system: You are a helpful assistant.
user:
Analyze the provided spectrum to determine if it is a **M-type Giant (gM)**.

A M-type Giant spectrum is defined by its **strong molecular absorption** features, particularly from **Titanium Oxide (TiO)**. You must check for one of the following mutually exclusive signatures:

- **Key Visual Indicators (Absorption-Dominated Spectrum):**

    - **(Primary):** The spectrum is dominated by strong molecular absorption from **Titanium Oxide (TiO)**. This is the **defining feature** of its M-type temperature class.
        - **(Key Bandheads):** Look for sharp, "saw-tooth" absorption valleys. The strongest are located near **~7050 Å**, **~6160 Å**, and **~5170 Å**.
        - **(Line Profile):** The "saw-tooth" morphology is critical: a **sharp, steep drop on the BLUE (short-wavelength) side** of the bandhead, followed by a gradual recovery (rising flux) towards the RED (long-wavelength) side.

    - **(Key Confirmation - Giant vs. Dwarf):** **ABSENCE** of strong **Calcium Hydride (CaH)** molecular bands. This is the primary diagnostic for *excluding* M-dwarfs.
        - **(Key Region):** The spectrum should lack the strong, broad absorption band seen in dwarfs between **~6800 Å and ~7000 Å**.

    - **(Secondary Confirmation - Giant):** A very strong and broad **Neutral Calcium (Ca I)** atomic absorption line.
        - **(Key Line):** Located at **~4226 Å**. In a giant (gM), this line is significantly deeper and broader than the same line in an M-dwarf (dM) due to low surface gravity.

    - **(Overall Spectrum):**
        - The continuum is **extremely red-sloping** (i.e., flux is very low in the blue and rises dramatically towards the red).
        - The entire spectrum appears "chopped up" by the deep TiO bands.

Think first, call **spectral_visualization_tool** if needed to examine features in detail, then provide your final answer. Your response must adhere to the following strict rules:
1.  **Overall Structure:** Your response must follow the format `<think>...</think> <tool_call>...</tool_call> (if a tool is used) <answer>...</answer>`.
2.  **Tool Usage Constraint:** You may only make **one** tool call per turn.
3.  **Final Answer Format:** In the `<answer>` tag, your conclusion must be inside a `\boxed{}` command (e.g., `\boxed{YES}` or `\boxed{NO}`), followed by your justification.

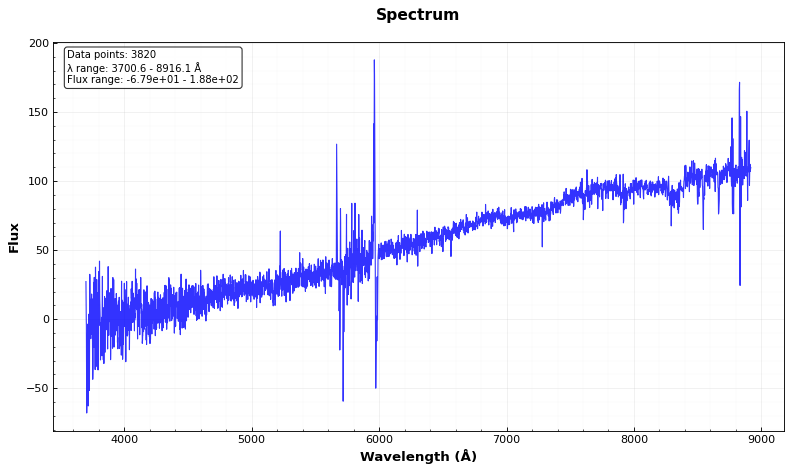
Answer: NO